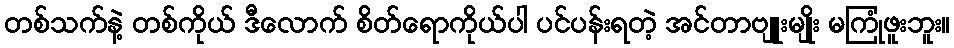
တစ်သက်နဲ့ တစ်ကိုယ် ဒီလောက် စိတ်ရောကိုယ်ပါ ပင်ပန်းရတဲ့ အင်တာဗျူးမျိုး မကြုံဖူးဘူး။